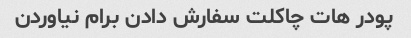
پودر هات چاکلت سفارش دادن برام نیاوردن